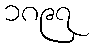
၁၈၉၇